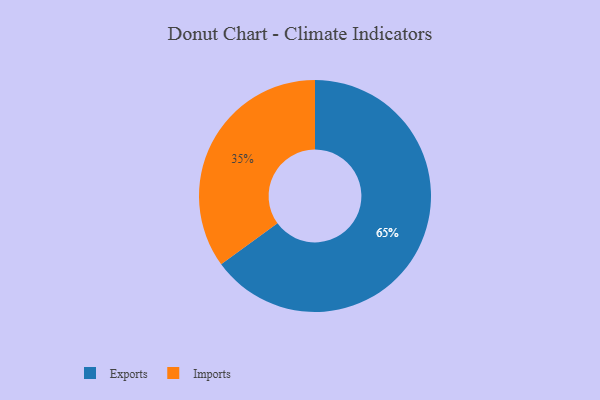
{"axis": {"x": "Category", "y": "Percentage"}, "legend": ["Exports", "Imports"], "data": [{"x": "Exports", "y": 65, "type": "Exports"}, {"x": "Imports", "y": 35, "type": "Imports"}]}